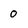
Character: 0